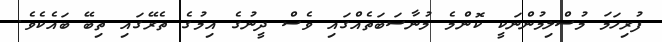
ފުރިހަމަ މުސްލިމުންނަކީ ކޮންމެ މުނާސަބަތެއްގައި ވެސް ދީނުގެ އިމުގެ ތެރޭގައި ތިބޭ ބައެކެވެ.